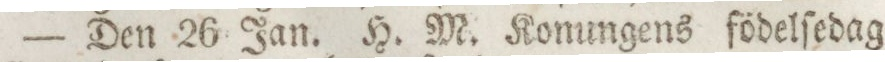
— Den 26 Jan. H. M. Konungens födelſedag